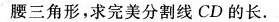
腰三角形，求完美分割线CD的长.